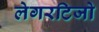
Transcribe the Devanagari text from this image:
लेगरटिजो